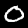
Label: 0